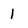
Character: 1